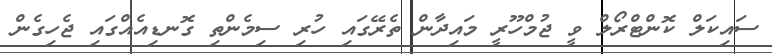
ސައިކަލް ކޮންޓްރޯލް ވީ ޖުމްހޫރީ މައިދާން ތެރޭގައި ހުރި ސިމެންތި ގޮނޑިއެއްގައި ޖެހިގެން